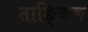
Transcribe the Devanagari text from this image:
ताङ्किङ